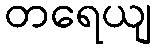
တရေယျ